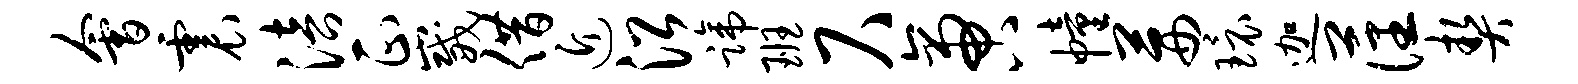
会震涪正崴借近沿蹄班尺啻幢茜环迦藩契